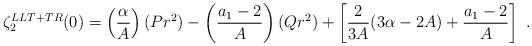
LaTeX: \begin{align*}\zeta^{LLT+TR}_{2}(0)=\left(\frac{\alpha}{A}\right)(Pr^2)-\left(\frac{a_{1}-2}{A}\right)(Qr^2)+\left[\frac{2}{3A}(3\alpha-2A)+\frac{a_{1}-2}{A}\right]\ .\end{align*}